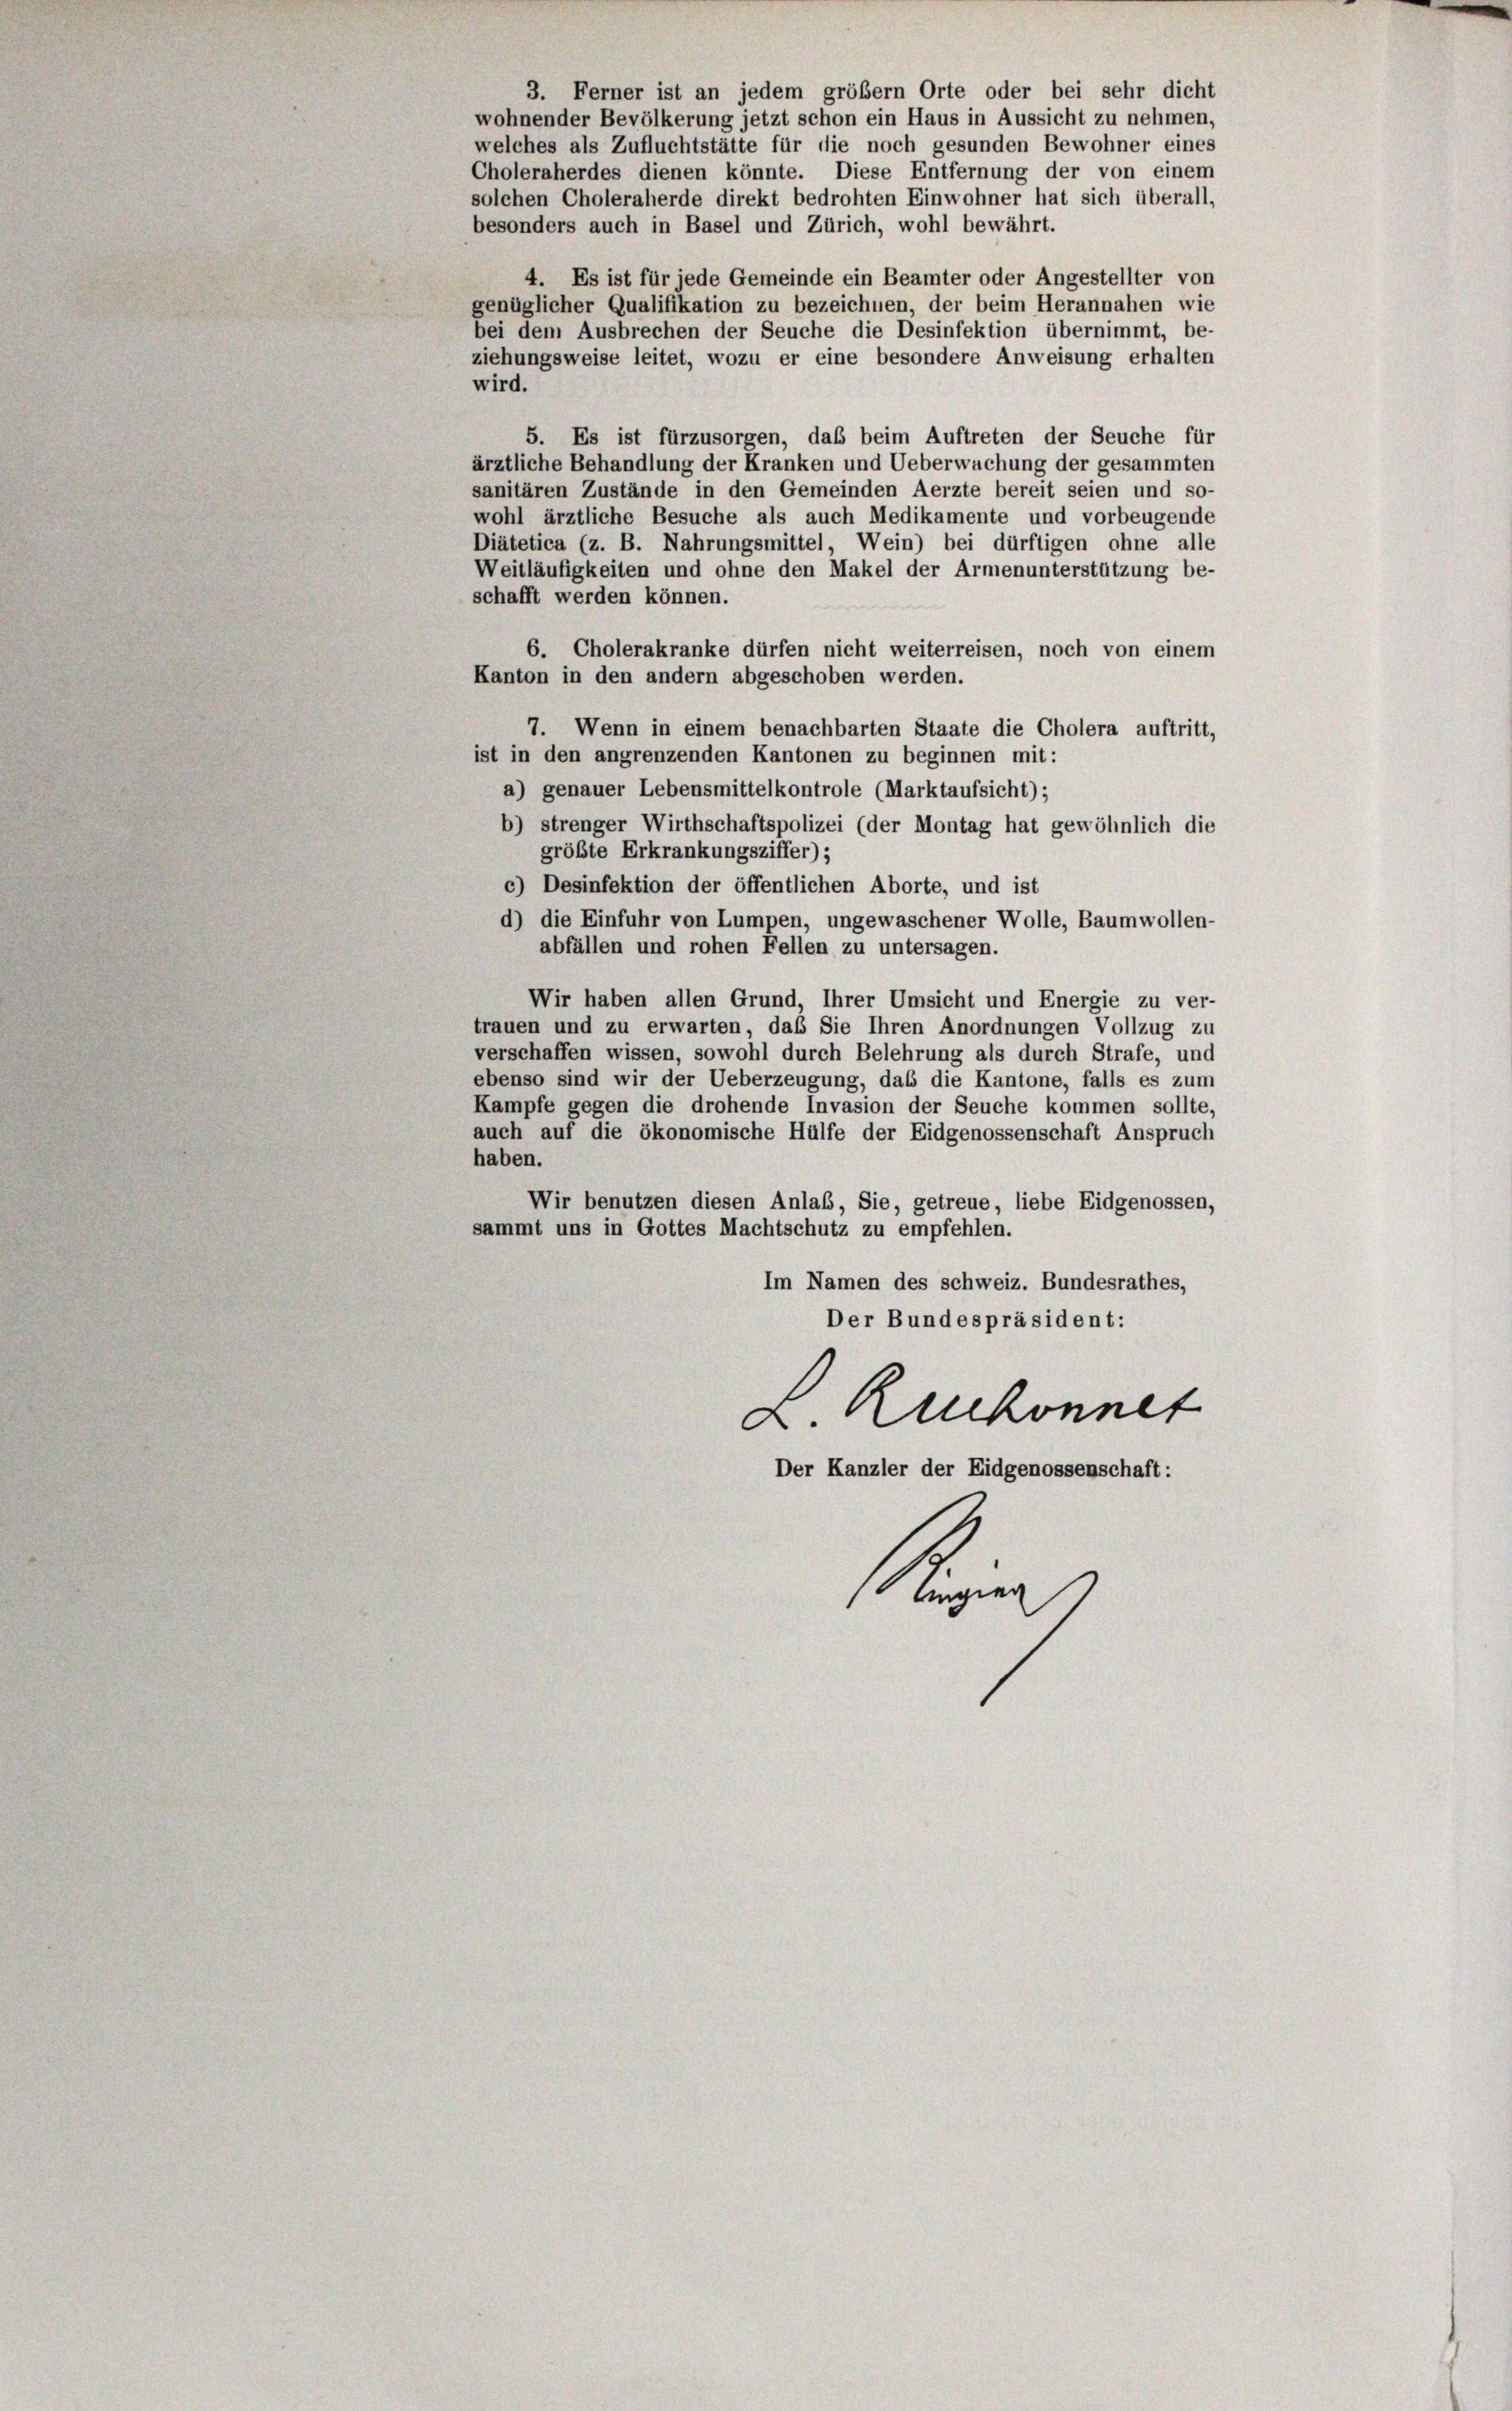
3. Ferner ist an jedem größem Orte oder bei sehr dicht
wohnender Bevölkerung jetzt schon ein Haus in Aussicht zu nehmen,
welches als Zufluchtstätte für die noch gesunden Bewohner eines
Choleraherdes dienen könnte. Diese Entfernung der von einem
solchen Choleraherde direkt bedrohten Einwohner hat sich überall,
besonders auch in Basel und Zürich, wohl bewährt.
4. Es ist für jede Gemeinde ein Beamter oder Angestellter von
genüglicher Qualifikation zu bezeichnen, der beim Herannahen wie
bei dem Ausbrechen der Seuche die Desinfektion übernimmt, be-
iehungsweise leitet, wozu er eine besondere Anweisung erhalten
vird.
5. Es ist fürzusorgen, daß beim Auftreten der Seuche für
ärztliche Behandlung der Kranken und Ueberwachung der gesammten
sanitären Zustände in den Gemeinden Aerzte bereit seien und so-
wohl ärztliche Besuche als auch Medikamente und vorbeugende
Diätetica (z. B. Nahrungsmittel, Wein) bei dürftigen ohne alle
Weitläufigkeiten und ohne den Makel der Armenunterstützung be-
schafft werden können.
6. Cholerakranke dürfen nicht weiterreisen, noch von einem
Kanton in den andern abgeschoben werden.
7. Wenn in einem benachbarten Staate die Cholera auftritt,
ist in den angrenzenden Kantonen zu beginnen mit:
a) genauer Lebensmittelkontrole (Marktaufsicht);
b) strenger Wirthschaftspolizei (der Montag hat gewöhnlich die
größte Erkrankungsziffer) ;
c) Desinfektion der öffentlichen Aborte, und ist
d) die Einfuhr von Lumpen, ungewaschener Wolle, Baumwollen-
abfällen und rohen Fellen zu untersagen.
Wir haben allen Grund, Ihrer Umsicht und Energie zu ver-
trauen und zu erwarten, daß Sie Ihren Anordnungen Vollzug zu
verschaffen wissen, sowohl durch Belehrung als durch Strafe, und
sbenso sind wir der Ueberzeugung, daß die Kantone, falls es zum
Kampfe gegen die drohende Invasion der Seuche kommen sollte,
auch auf die ökonomische Hülfe der Eidgenossenschaft Anspruch
haben.
Wir benutzen diesen Anlaß, Sie, getreue, liebe Eidgenossen,
sammt uns in Gottes Machtschutz zu empfehlen.
Im Namen des schweiz. Bundesrathes,
Der Bundespräsident:
L. Ruckonnet
Der Kanzler der Eidgenossenschaft:
Angier